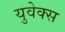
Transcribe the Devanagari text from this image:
युवेक्स